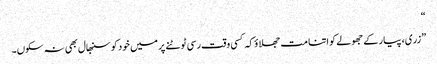
“
”زری، پیار کے جھولے کو اتنا مت جھلاؤ کہ کسی وقت رسی ٹوٹنے پر میں خود کو سنبھال بھی نہ سکوں۔